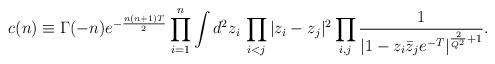
LaTeX: \begin{align*}\hskip-20mm c(n)\equiv \Gamma(-n)e^{-{n(n+1)T\over 2}}\prod_{i=1}^{n}\int d^2z_i\, \prod_{i<j}|z_i-z_j|^2\prod_{i,j}{1\over |1-z_i\bar{z}_je^{-T}|^{{2 \over Q^2}+1}}.\end{align*}